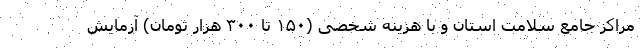
مراکز جامع سلامت استان و با هزینه شخصی (۱۵۰ تا ۳۰۰ هزار تومان) آزمایش